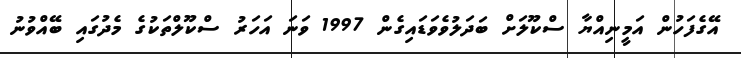
އޭގެފަހުން އަމީނިއްޔާ ސްކޫލަށް ބަދަލުވެވަޑައިގެން 1997 ވަނަ އަހަރު ސްކޫލްތަކުގެ މެދުގައި ބޭއްވުނު